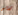
ربو